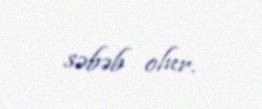
səbəb olur.